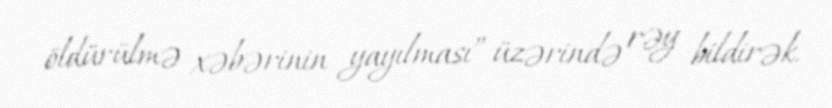
öldürülmə xəbərinin yayılması” üzərində rəy bildirək.